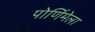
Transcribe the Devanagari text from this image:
पोर्णिमेला